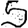
Digit: 5